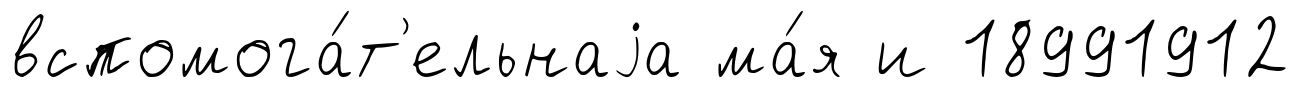
вспомога́т'ельнаjа ма́я и 18991912